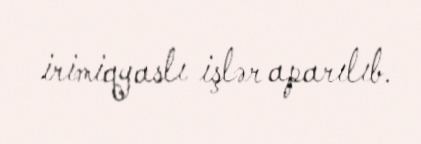
irimiqyaslı işlər aparılıb.